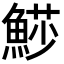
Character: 𩸌